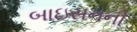
બાઇસનની